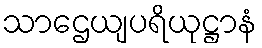
သာဌေယျပရိယုဋ္ဌာနံ